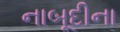
નાબૂદીના